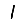
Digit: 1